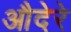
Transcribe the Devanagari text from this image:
औदेरे